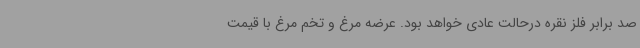
صد برابر فلز نقره درحالت عادی خواهد بود. عرضه مرغ و تخم مرغ با قیمت